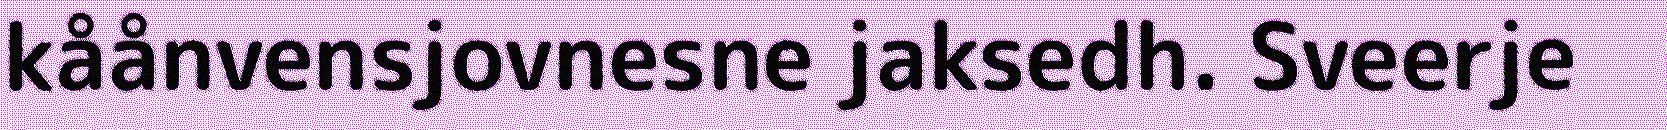
kåånvensjovnesne jaksedh. Sveerje